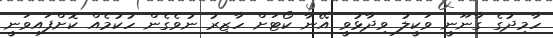
ހާމިދުގެ ގާނޫނީ ވަކީލު ވިދާޅުވީ އޭނާ ކޯޓަށް ހާޒިރު ނުވެގެން ހުކުމެއް ކޮށްފައިވަނީ